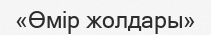
«Өмір жолдары»